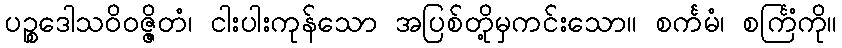
ပဉ္စဒေါသဝိဝဇ္ဇိတံ၊ ငါးပါးကုန်သော အပြစ်တို့မှကင်းသော။ စင်္ကမံ၊ စင်္ကြံကို။